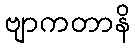
ဗျာကတာနိ